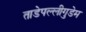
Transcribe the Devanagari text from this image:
ताडेपल्लीगुडेम